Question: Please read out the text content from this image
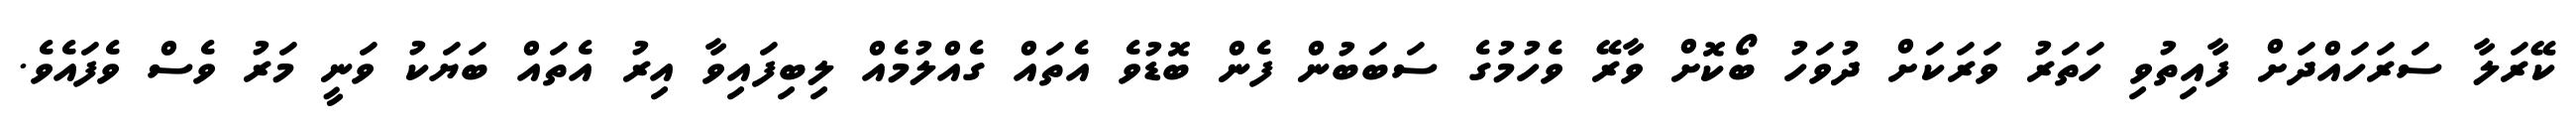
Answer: ކޭރަލާ ސަރަހައްދަށް ފާއިތުވި ހަތަރު ވަރަކަށް ދުވަހު ބޯކޮށް ވާރޭ ވެހުމުގެ ސަބަބުން ފެން ބޮޑުވެ އެތައް ގެއްލުމެއް ލިބިފައިވާ އިރު އެތައް ބަޔަކު ވަނީ މަރު ވެސް ވެފައެވެ.